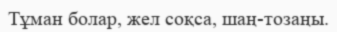
Тұман болар, жел соқса, шаң-тозаңы.